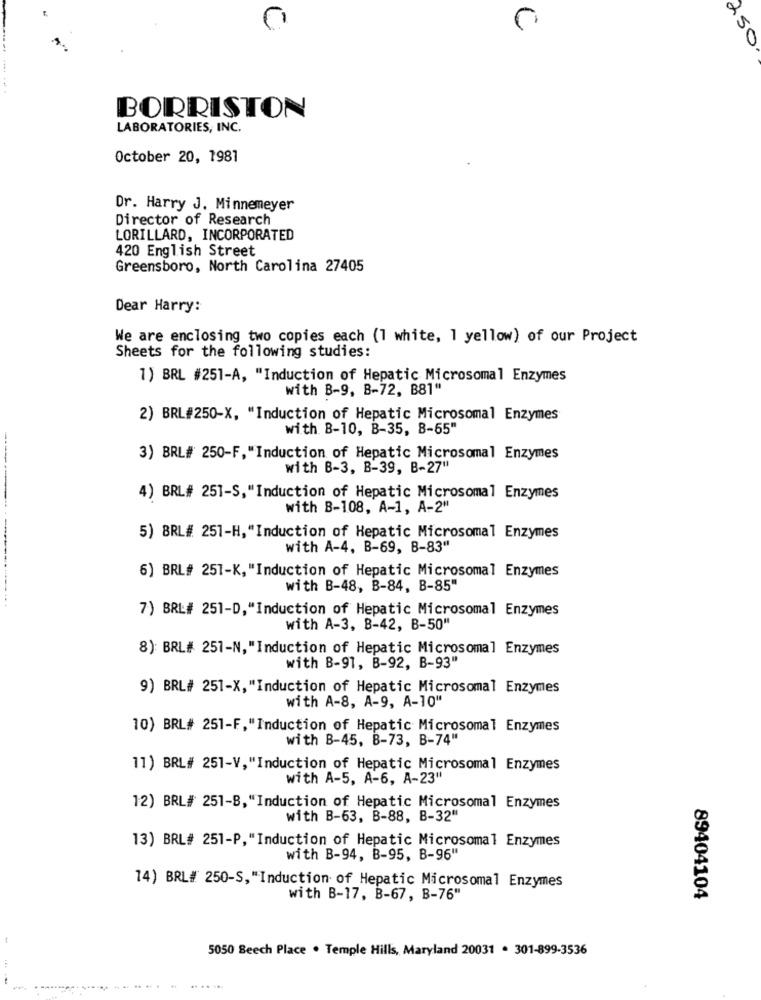
0
250
BORRISTON
LABORATORIES, INC.
October 20, 1981
Dr. Harry J. Minnemeyer
Director of Research
LORILLARD, INCORPORATED
420 English Street
Greensboro, North Carolina 27405
Dear Harry:
We are enclosing two copies each (1 white, 1 yellow) of our Project
Sheets for the following studies:
1) BRL #251-A, "Induction of Hepatic Microsomal Enzymes
with B-9, B-72, B81"
2) BRL#250-X, "Induction of Hepatic Microsomal Enzymes
with B-10, B-35, 8-55"
3) BRL# 250-F, "Induction of Hepatic Microsomal Enzymes
with B-3, B-39, B-27"
4) BRL# 251-S,"Induction of Hepatic Microsomal Enzymes
with B-108, A-1, A-2"
5) BRL# 251-H, "Induction of Hepatic Microsomal Enzymes
with A-4, B-69, B-83"
6) BRL# 251-K, "Induction of Hepatic Microsomal Enzymes
with B-48, B-84, B-85"
7) BRL# 251-D,"Induction of Hepatic Microsomal Enzymes
with A-3, B-42, B-50"
8) BRL# 251-N, "Induction of Hepatic Microsomal Enzymes
with B-91, B-92, B-93"
9) BRL# 251-X,"Induction of Hepatic Microsomal Enzymes
with A-8, A-9, A-10"
10) BRL# 251-F,"Induction of Hepatic Microsomal Enzymes
with B-45, B-73, B-74"
11) BRL# 251-V, "Induction of Hepatic Microsomal Enzymes
with A-5, A-6, A-23"
12) BRL# 251-B,"Induction of Hepatic Microsomal Enzymes
with B-63, B-88, B-32"
13) BRL# 251-P,"Induction of Hepatic Microsomal Enzymes
with B-94, B-95, B-96"
14) BRL# 250-S, "Induction of Hepatic Microsomal Enzymes
with B-17, B-67, B-76"
89404104
5050 Beech Place . Temple Hills, Maryland 20031 . 301-899-3536